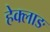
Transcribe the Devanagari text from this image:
हेक्लाङ